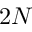
2 N